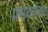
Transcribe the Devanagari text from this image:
प्रणयमंत्रात